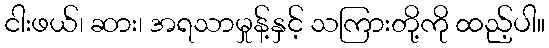
ငါးဖယ်၊ ဆား၊ အရသာမှုန့်နှင့် သကြားတို့ကို ထည့်ပါ။